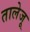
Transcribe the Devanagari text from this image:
तालेजू